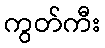
ကွတ်ကီး